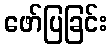
ဖော်ပြခြင်း